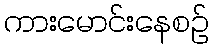
ကားမောင်းနေစဉ်